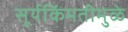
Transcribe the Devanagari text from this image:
सूर्यकिंमतीमुळे